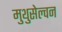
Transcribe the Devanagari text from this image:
मुथुसेल्वन